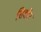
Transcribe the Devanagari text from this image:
शिशीर